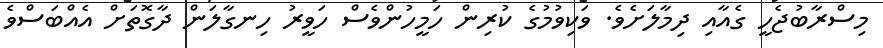
މިސްރާބުޖެހީ ގެއާއި ދިމާލަށެވެ. ވަކިވުމުގެ ކުރިން ހަމީހުންވެސް ހަވީރު ހިނގާލަން ދާގޮތަށް އެއްބަސްވެ